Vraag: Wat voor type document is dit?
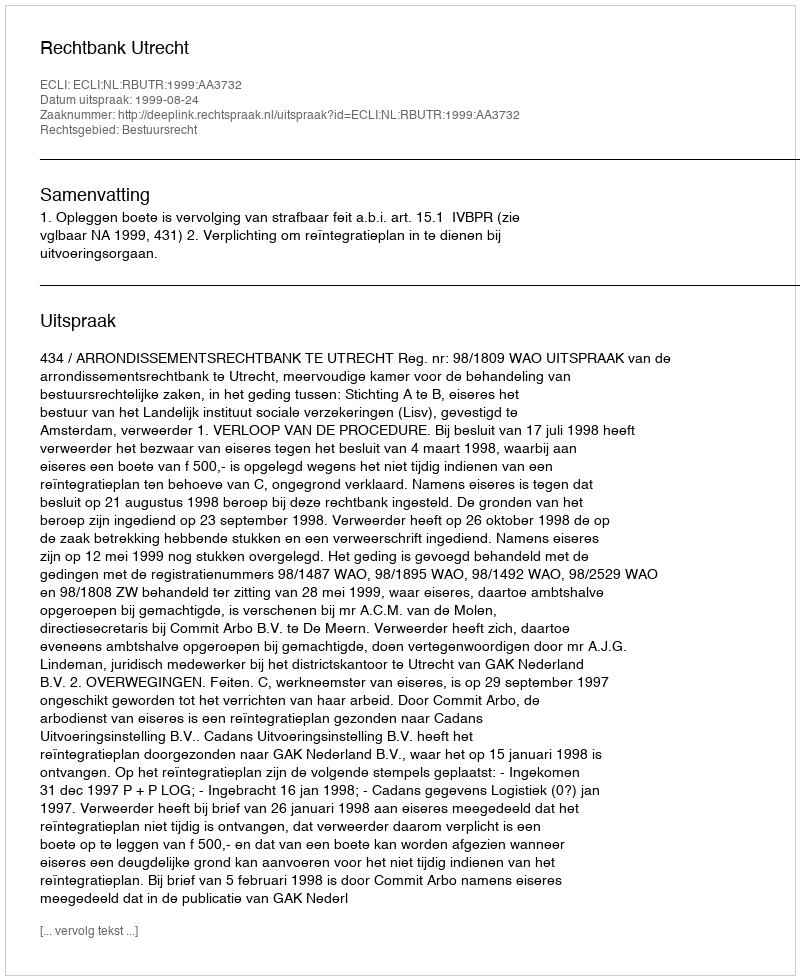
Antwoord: Uitspraak